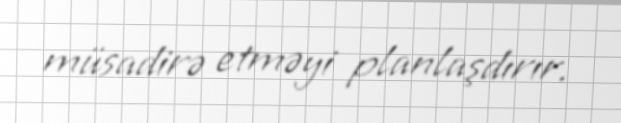
müsadirə etməyi planlaşdırır.